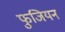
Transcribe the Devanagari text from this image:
फुजियन